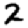
Digit: 2